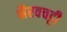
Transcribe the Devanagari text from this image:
भैरवचट्टी